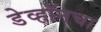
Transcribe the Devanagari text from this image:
डेव्हॉनचा